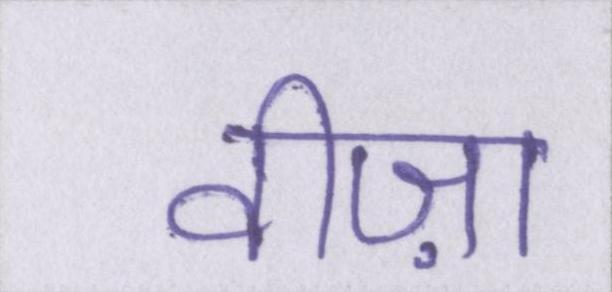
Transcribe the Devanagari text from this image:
वीज़ा